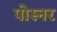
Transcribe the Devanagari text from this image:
पोस्‍नर